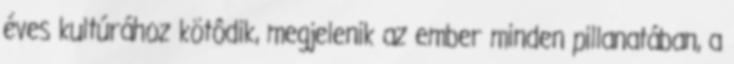
éves kultúrához kötôdik, megjelenik az ember minden pillanatában, a